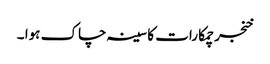
خنجر چمکا رات کا سینہ چاک ہوا ۔